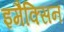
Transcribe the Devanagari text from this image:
इमैक्सिन